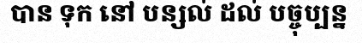
បាន ទុក នៅ បន្សល់ ដល់ បច្ចុប្បន្ន